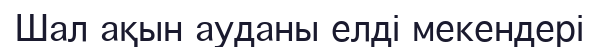
Шал ақын ауданы елді мекендері